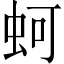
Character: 蚵